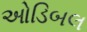
ઓડિબલ